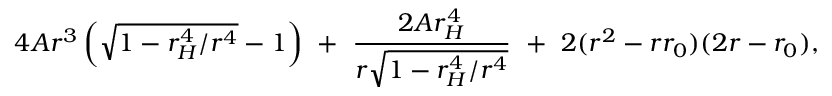
4 A r ^ { 3 } \left( \sqrt { 1 - r _ { H } ^ { 4 } / r ^ { 4 } } - 1 \right) \ + \ \frac { 2 A r _ { H } ^ { 4 } } { r \sqrt { 1 - r _ { H } ^ { 4 } / r ^ { 4 } } } \ + \ 2 ( r ^ { 2 } - r r _ { 0 } ) ( 2 r - r _ { 0 } ) ,